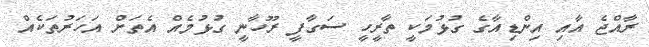
ރާއްޖެ އާއި އިންޑިއާގެ ގުޅުމަކީ ތާރީހީ ސަގާފީ ރޫހާނީ ގުޅުމެއް އެތަށް އަހަރުތަކެއް